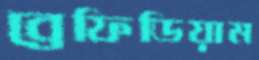
ব্রেফিডিয়াম